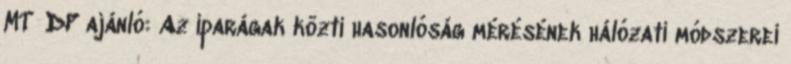
MT DP ajánló: Az iparágak közti hasonlóság mérésének hálózati módszerei